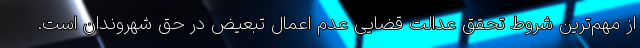
از مهم‌ترین شروط تحقق عدالت قضایی عدم اعمال تبعیض در حق شهروندان است.